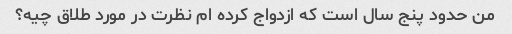
من حدود پنج سال است که ازدواج کرده ام نظرت در مورد طلاق چیه؟